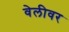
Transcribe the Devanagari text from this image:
वेलीवर